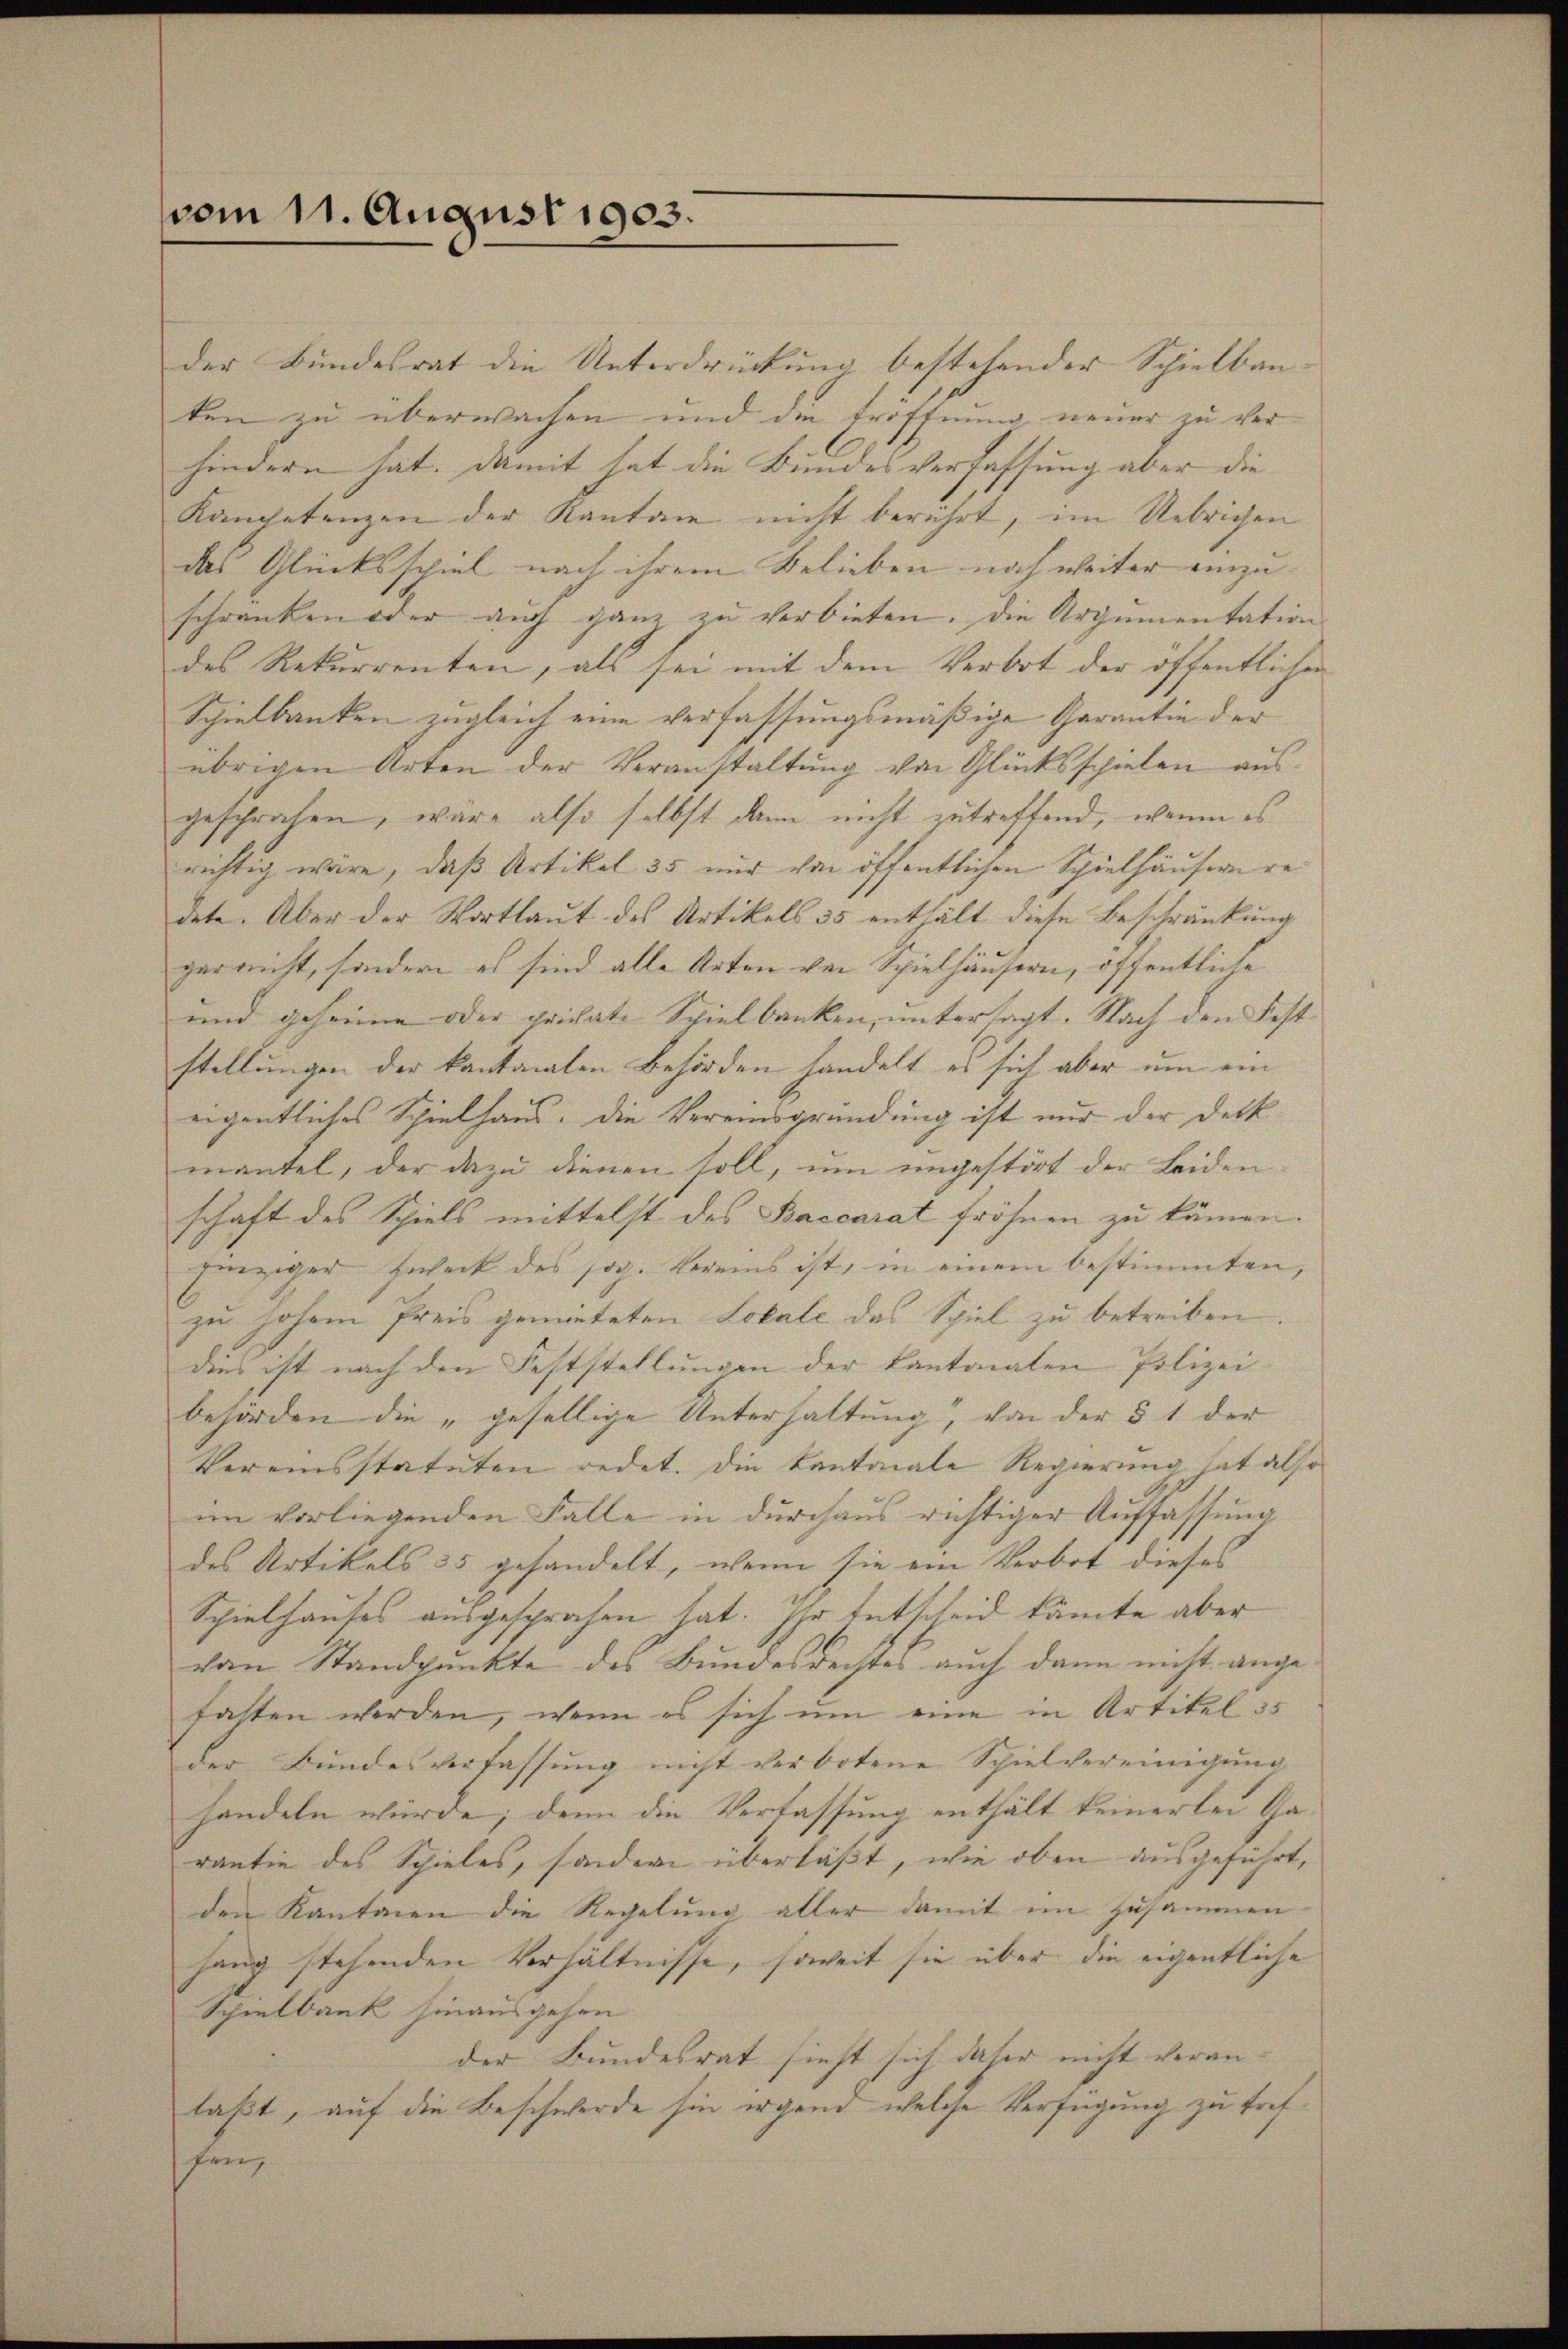
vom 11. August 1903.

der Bundesrat die Unterdrückung bestehender Schielbau- |
ten zu überwachen und die Eröffnung neuer zu verhindern hat. Damit hat die Bundesverfassung aber die
Kanpetenzen der Kantone nicht berührt, im Uebrichen
das Glücksspiel nach ihrem Belieben noch weiter einzu-
schränken oder auch ganz zŭ verbieten. Die Argumentation
des Rekurrenten, als sei mit dem Verbot der öffentlichen
Spielbanken zugleich eine verfassungsmäßige Garantin der
übrigen Arten der Veranstaltung von Glücksspielen ausgeschrafen, wäre also selbst dann nicht zutreffend, wenn es
richtig wäre, daß Artikel 35 nur von öffentlichen Spielhäuserre
dete. Aber der Wortlaut des Artikels 35 enthält diese Beschränkung
gar nicht, sondern es sind alle Arten von Spielhäusern, öffentliche
und geheime oder private Spielbanken, untersagt. Nach den Feststellungen der kantonalen Behörden handelt, es sich aber um ein
eigentliches Spielhaus. Die Vereinsgründung ist nur der Deckmantel, der dazu dienen soll, um ungestört der Leiden
schaft des Spiels mittelst des Baccarat fröhnen zu kämen.
Einziger Zweck des sog. Vereins ist, in einem bestimmten,
zu hohem Preis gemieteten Lokale das Spiel zu betreiben.
dies ist nach den Feststellungen der kantonalen Polizei
behörden die „gesellige Unterhaltung“, von der § 1 der
Vereinsstatuten redet. Die Kantonale Regierung hat also
im vorliegenden Falle in durchaus richtiger Auffassung
des Artikels 35 gehandelt, wenn sie ein Verbot dieses
Spielhauses ausgesprochen hat. Ihr Entscheid könnte aber
von Standpunkte des Bundesrechtes auch dann nicht angefasten werden, wenn es sich um eine in Artikel 35
der Bŭndesverfassŭng nicht verbotene Spielvereinigŭng
handeln würde; denn die Verfassung enthält keinerlei Ga-
rantie des Spieles, sondern überlaßt, wie oben ausgeführt,
den Kantonen die Regelung aller damit im Zusammen
hang stehenden Verhältnisse, soweit sie über die eigentliche
Spielbank hinausgehen
der Bundesrat sieht sich daher nicht veranlaßt, auf die Beschwerde sie irgend welche Verfügung zu treffen,